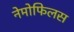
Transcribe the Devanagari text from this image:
नेमोफिलस